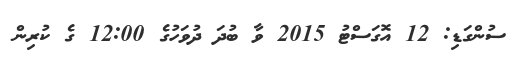
ސުންގަޑި: 12 އޮގަސްޓު 2015 ވާ ބުދަ ދުވަހުގެ 12:00 ގެ ކުރިން